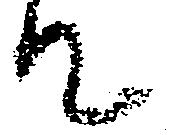
て